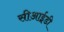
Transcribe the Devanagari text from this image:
सीआई़डी